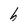
Character: h